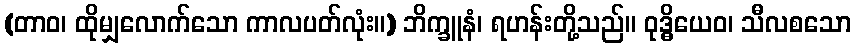
(တာဝ၊ ထိုမျှလောက်သော ကာလပတ်လုံး။) ဘိက္ခူနံ၊ ရဟန်းတို့သည်။ ဝုဒ္ဓိယေဝ၊ သီလစသော